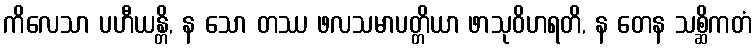
ကိလေသာ ပဟီယန္တိ, န သော တဿ ဖလသမာပတ္တိယာ ဖာသုဝိဟရတိ, န တေန သစ္ဆိကတံ